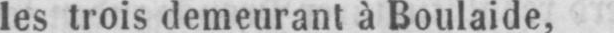
les trois demeurant à Boulaide,